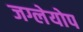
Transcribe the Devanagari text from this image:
जग्लेयोप